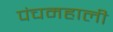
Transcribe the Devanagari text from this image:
पंचमहाली